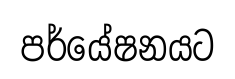
පර්යේෂනයට